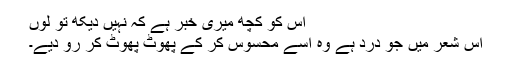
اس کو کچھ میری خبر ہے کہ نہیں دیکھ تو لوں
اس شعر میں جو درد ہے وہ اسے محسوس کر کے پھوٹ پھوٹ کر رو دیے۔